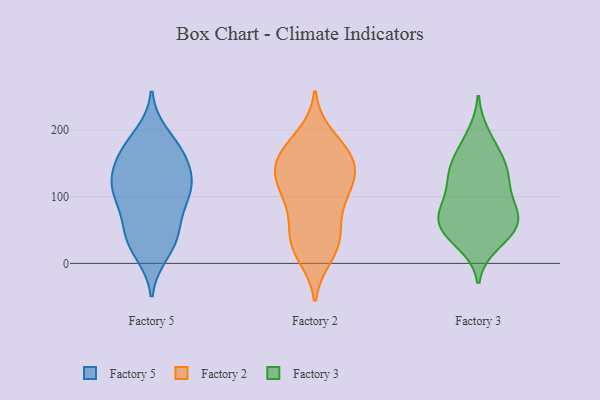
{"axis": {"x": "Humidity (%)", "y": "Value"}, "legend": ["Factory 2", "Factory 3", "Factory 5"], "data": [{"x": "", "y": 192, "type": "Factory 5"}, {"x": "", "y": 174, "type": "Factory 5"}, {"x": "", "y": 57, "type": "Factory 5"}, {"x": "", "y": 124, "type": "Factory 5"}, {"x": "", "y": 28, "type": "Factory 5"}, {"x": "", "y": 161, "type": "Factory 5"}, {"x": "", "y": 123, "type": "Factory 5"}, {"x": "", "y": 126, "type": "Factory 5"}, {"x": "", "y": 99, "type": "Factory 5"}, {"x": "", "y": 90, "type": "Factory 5"}, {"x": "", "y": 16, "type": "Factory 5"}, {"x": "", "y": 106, "type": "Factory 5"}, {"x": "", "y": 161, "type": "Factory 5"}, {"x": "", "y": 110, "type": "Factory 5"}, {"x": "", "y": 44, "type": "Factory 5"}, {"x": "", "y": 162, "type": "Factory 5"}, {"x": "", "y": 42, "type": "Factory 5"}, {"x": "", "y": 164, "type": "Factory 2"}, {"x": "", "y": 45, "type": "Factory 2"}, {"x": "", "y": 191, "type": "Factory 2"}, {"x": "", "y": 140, "type": "Factory 2"}, {"x": "", "y": 144, "type": "Factory 2"}, {"x": "", "y": 113, "type": "Factory 2"}, {"x": "", "y": 24, "type": "Factory 2"}, {"x": "", "y": 18, "type": "Factory 2"}, {"x": "", "y": 96, "type": "Factory 2"}, {"x": "", "y": 136, "type": "Factory 2"}, {"x": "", "y": 180, "type": "Factory 2"}, {"x": "", "y": 138, "type": "Factory 2"}, {"x": "", "y": 93, "type": "Factory 2"}, {"x": "", "y": 46, "type": "Factory 2"}, {"x": "", "y": 122, "type": "Factory 2"}, {"x": "", "y": 11, "type": "Factory 2"}, {"x": "", "y": 164, "type": "Factory 2"}, {"x": "", "y": 47, "type": "Factory 2"}, {"x": "", "y": 96, "type": "Factory 2"}, {"x": "", "y": 162, "type": "Factory 2"}, {"x": "", "y": 136, "type": "Factory 3"}, {"x": "", "y": 143, "type": "Factory 3"}, {"x": "", "y": 72, "type": "Factory 3"}, {"x": "", "y": 130, "type": "Factory 3"}, {"x": "", "y": 30, "type": "Factory 3"}, {"x": "", "y": 192, "type": "Factory 3"}, {"x": "", "y": 54, "type": "Factory 3"}, {"x": "", "y": 173, "type": "Factory 3"}, {"x": "", "y": 57, "type": "Factory 3"}, {"x": "", "y": 122, "type": "Factory 3"}, {"x": "", "y": 92, "type": "Factory 3"}, {"x": "", "y": 79, "type": "Factory 3"}, {"x": "", "y": 91, "type": "Factory 3"}, {"x": "", "y": 152, "type": "Factory 3"}, {"x": "", "y": 64, "type": "Factory 3"}, {"x": "", "y": 41, "type": "Factory 3"}, {"x": "", "y": 50, "type": "Factory 3"}]}